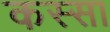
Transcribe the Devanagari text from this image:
कस्सा